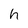
Character: h